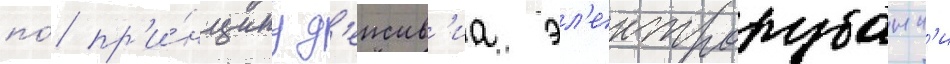
по́ пр'и́нципу д'еиств'иа эл'ектрорубанк'и